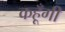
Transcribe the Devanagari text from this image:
कहूँगी